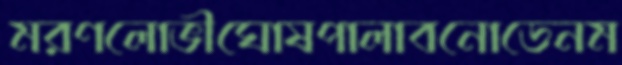
মরণলোভীঘোষপালাবনোডেনম